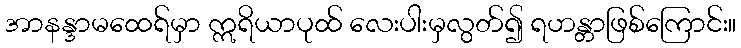
အာနန္ဒာမထေရ်မှာ ဣရိယာပုထ် လေးပါးမှလွတ်၍ ရဟန္တာဖြစ်ကြောင်း။